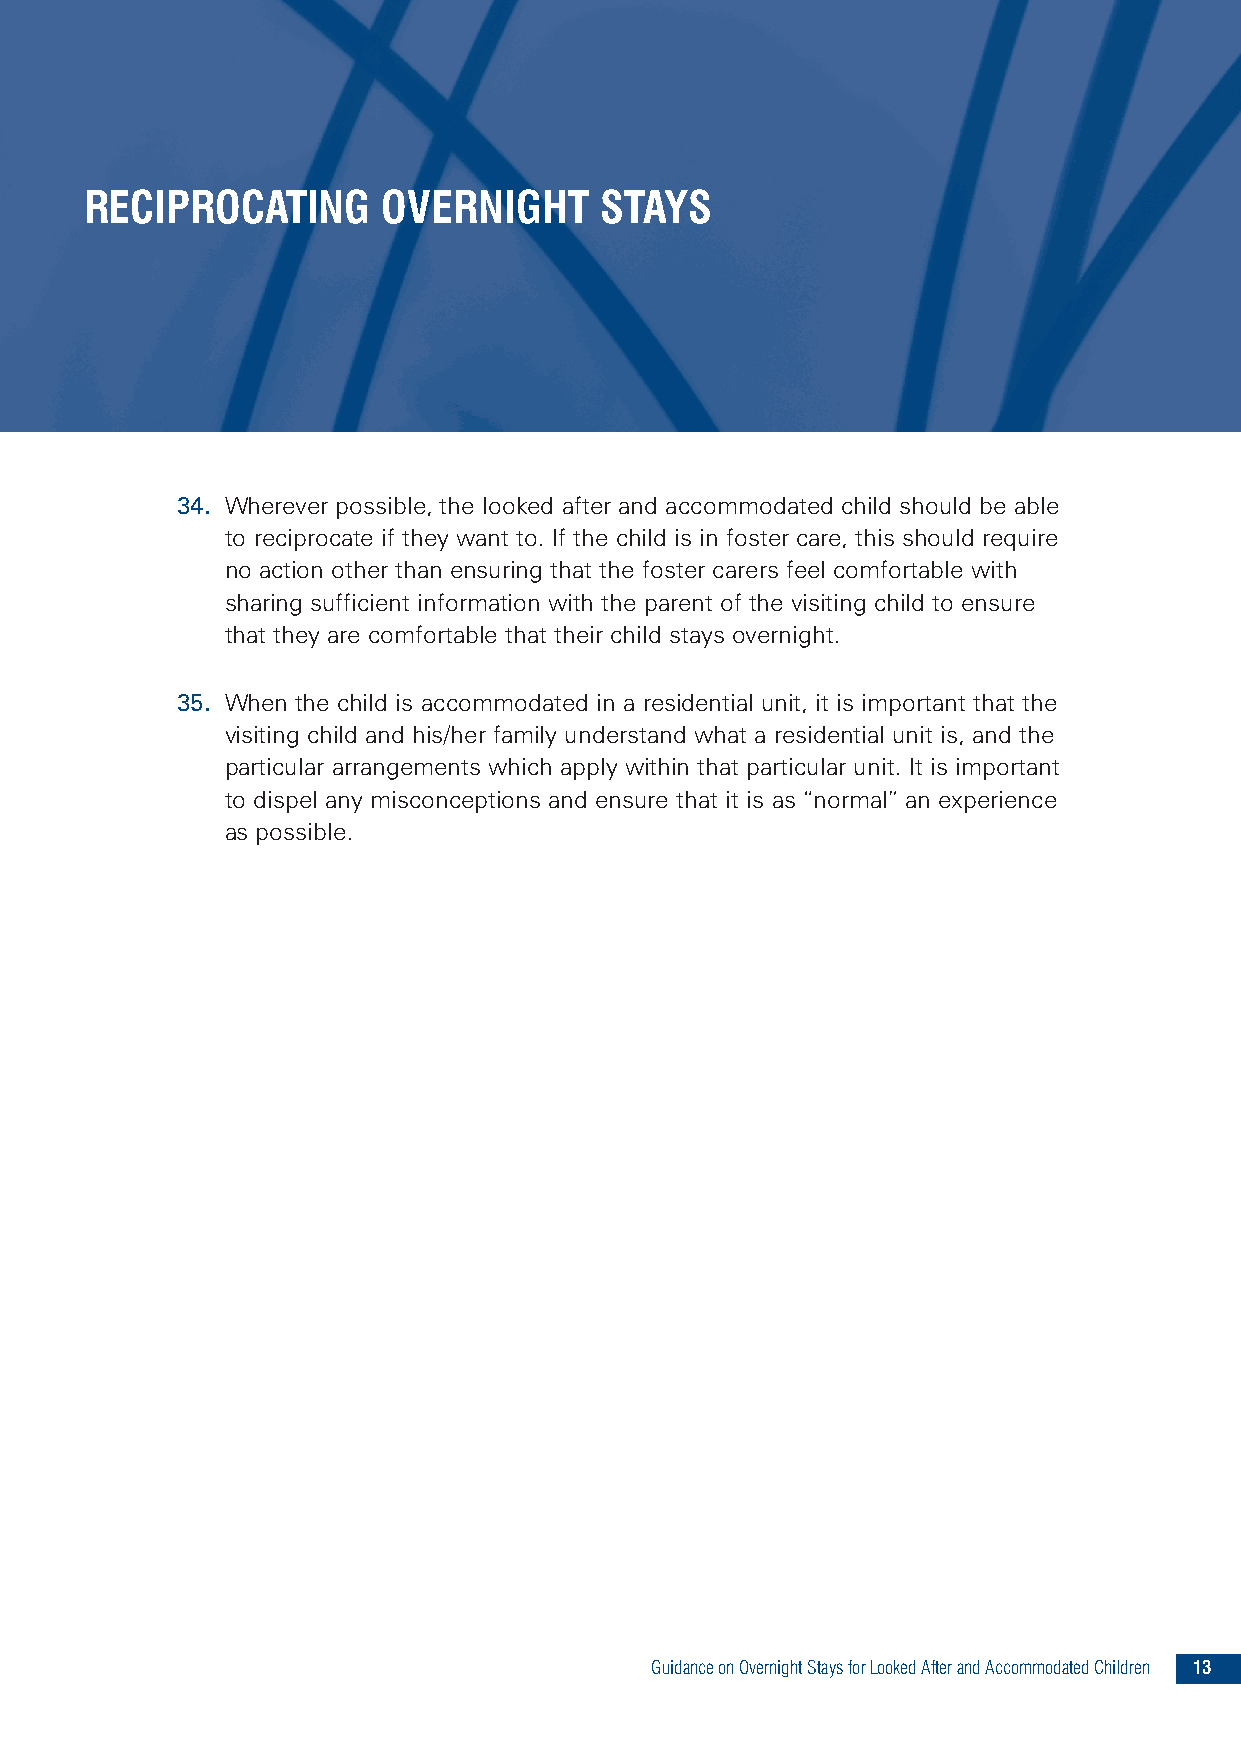
RECIPROCATING      OVERNIGHT      STAYS
 34. Wherever possible, the looked after and accommodated child should be able
 to reciprocate if they want to. If the child is in foster care, this should require
 no action other than ensuring that the foster carers feel comfortable with
 sharing sufficient information with the parent of the visiting child to ensure
 that they are comfortable that their child stays overnight.
 35. When the child is accommodated in a residential unit, it is important that the
 visiting child and his/her family understand what a residential unit is, and the
 particular arrangements which apply within that particular unit. It is important
 to dispel any misconceptions and ensure that it is as “normal” an experience
 as possible.
 GuidanceonOvernightStaysforLookedAfterandAccommodatedChildren 13